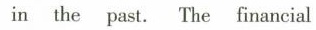
in the past. The financial